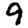
Digit: 9